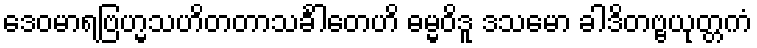
ဒေဝမာရဗြဟ္မသဟိတတာသင်္ခါတေဟိ ဓမ္မဝိဒူ ဒသမော ခါဒိတဗ္ဗယုတ္တကံ